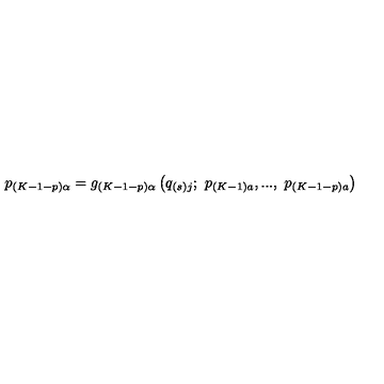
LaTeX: p _ { \left( K - 1 - p \right) \alpha } = g _ { \left( K - 1 - p \right) \alpha } \left( q _ { \left( s \right) j } ; \ p _ { \left( K - 1 \right) a } , . . . , \ p _ { \left( K - 1 - p \right) a } \right)